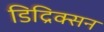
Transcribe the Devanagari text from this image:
डिद्रिक्सन